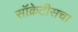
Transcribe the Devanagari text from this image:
सॉक्रेटीसचा